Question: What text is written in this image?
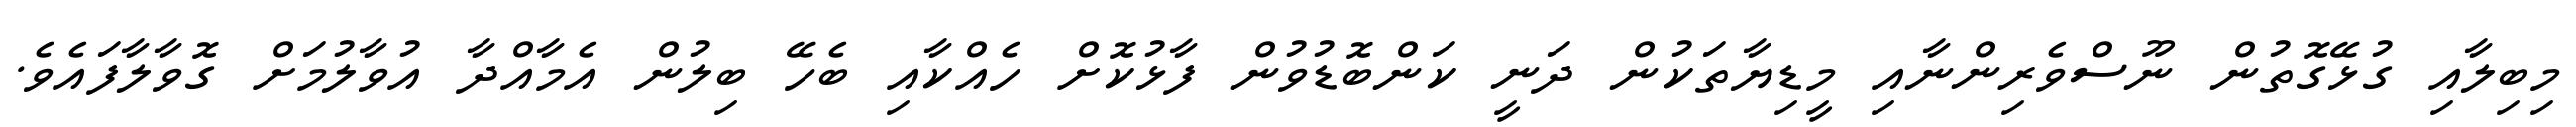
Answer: މިބިލާއި ގުޅޭގޮތުން ނޫސްވެރިންނާއި މީޑިޔާތަކުން ދަނީ ކަންބޮޑުވުން ފާޅުކޮށް ހެއްކާއި ބެހޭ ބިލުން އެމާއްދާ އުވާލުމަށް ގޮވާލާފައެވެ.